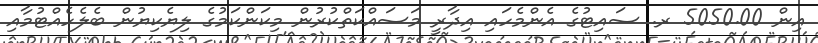
އިން 5050.00 ރ. ސައިޓުގެ އެންމެހައި އިދާރީ މަސައްކަތްކުރުން މިކަންކަމުގެ ލިޔެކިޔުން ބެލެހެއްޓުމާއި